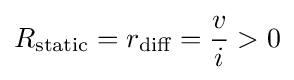
R_{\text{static}}=r_{\text{diff}}={v \over i}>0